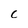
Character: c